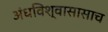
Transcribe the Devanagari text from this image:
अंधविश्वासासाच